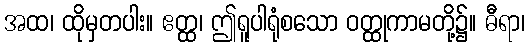
အထ၊ ထိုမှတပါး။ ဧတ္ထ၊ ဤရူပါရုံစသော ဝတ္ထုကာမတို့၌။ ဓီရာ၊